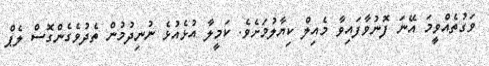
ވަގުތެއްވީމަ އޭނަ ފޮނުވާފައިވާ މެއިލް ކިޔާލުމަށެވެ. ކަމީލާ އުޅެއުޅެ ނުނިދުމުން ތެދުވެގެންގޮސް ލެޕް